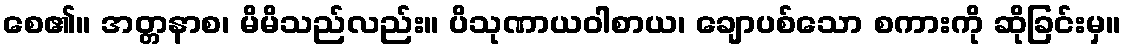
စေ၏။ အတ္တနာစ၊ မိမိသည်လည်း။ ပိသုဏာယဝါစာယ၊ ချောပစ်သော စကားကို ဆိုခြင်းမှ။